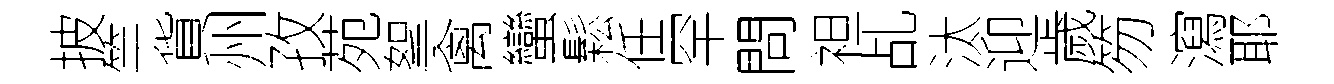
披竿貨州孜苑挐禽蠻鬆任罕問袒乩汰迎歲笏瀉耶